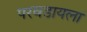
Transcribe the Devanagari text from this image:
परवडायला